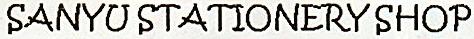
SANYU STATIONERY SHOP